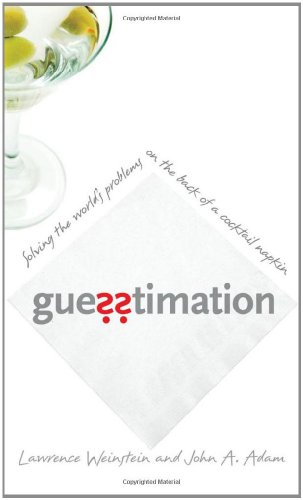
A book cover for Guesstimation: Solving the World's Problems on the Back of a Cocktail Napkin; Lawrence Weinstein; Humor & Entertainment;